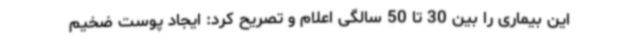
این بیماری را بین 30 تا 50 سالگی اعلام و تصریح کرد: ایجاد پوست ضخیم